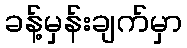
ခန့်မှန်းချက်မှာ